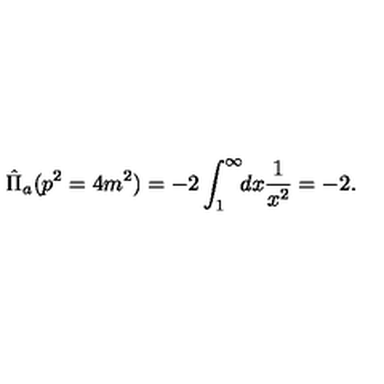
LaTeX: \hat { \Pi } _ { a } ( p ^ { 2 } = 4 m ^ { 2 } ) = - 2 \int _ { 1 } ^ { \infty } \! \! d x \frac { 1 } { x ^ { 2 } } = - 2 .